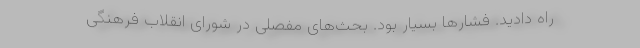
راه دادید. فشارها بسیار بود. بحث‌های مفصلی در شورای انقلاب فرهنگی